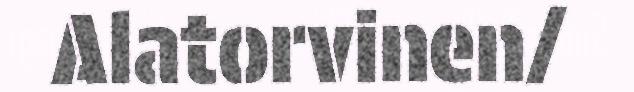
Alatorvinen/